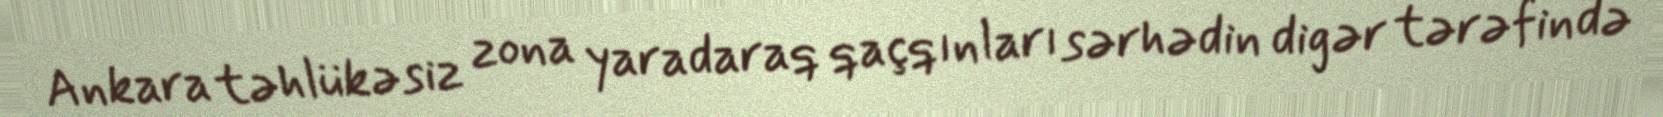
Ankara təhlükəsiz zona yaradaraq qaçqınları sərhədin digər tərəfində